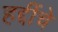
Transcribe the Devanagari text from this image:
हद्दींचे